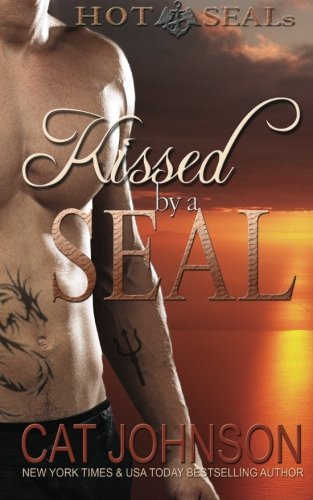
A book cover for Kissed by a SEAL: Hot SEALs (Volume 4); Cat Johnson; Romance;